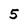
Character: 5